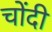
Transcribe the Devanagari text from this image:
चोंदी